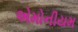
એમોનીયમ